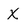
Character: X